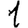
Digit: 1